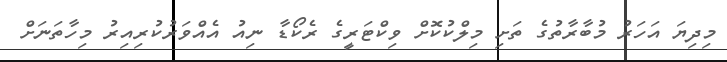
މިދިޔަ އަހަރު މުބާރާތުގެ ތަށި މިލްކުކޮށް ވިކްޓަރީގެ ރެކޯޑާ ނިއު އެއްވަރުކުރިއިރު މިހާތަނަށް